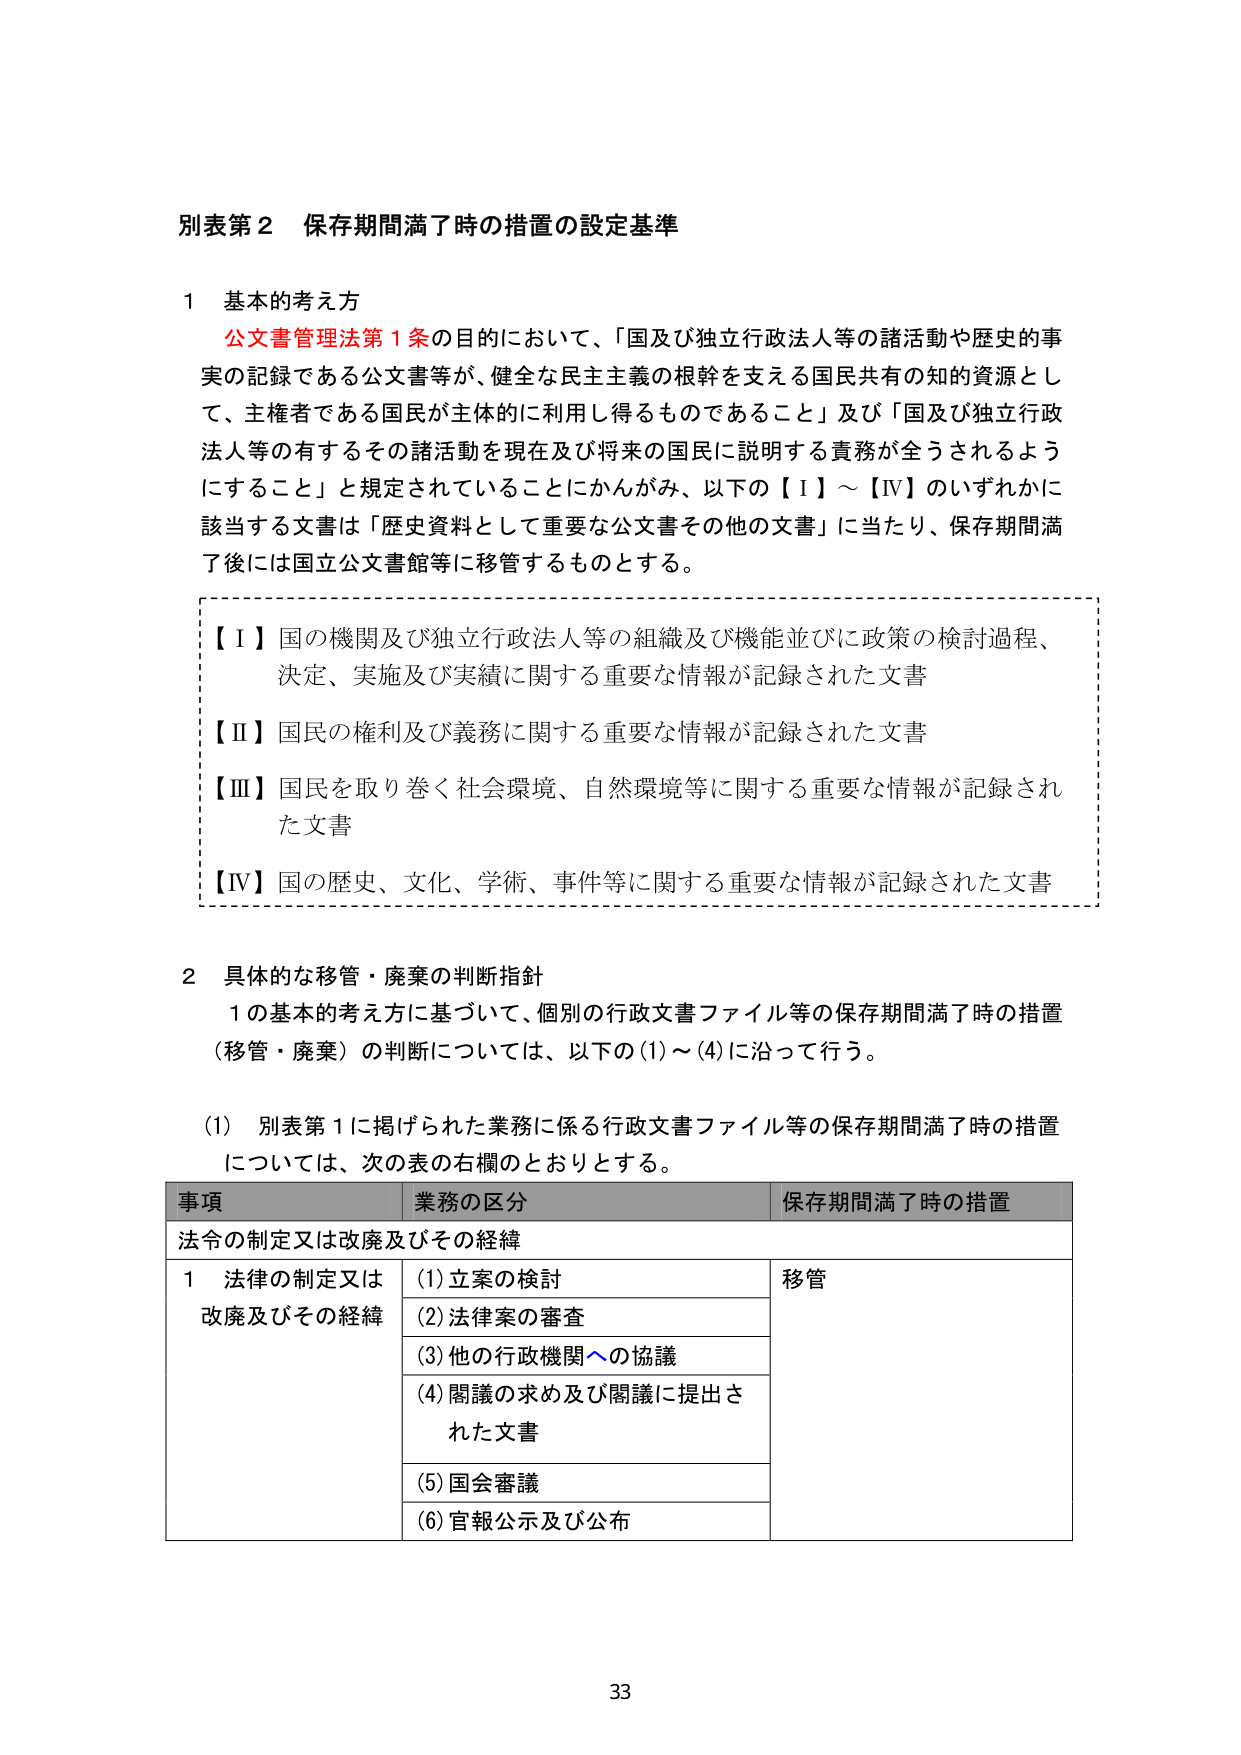
別表第２ 保存期間満了時の措置の設定基準

１ 基本的考え方
公文書管理法第１条の目的において、「国及び独立行政法人等の諸活動や歴史的事実の記録である公文書等が、健全な民主主義の根幹を支える国民共有の知的資源として、主権者である国民が主体的に利用し得るものであること」及び「国及び独立行政法人等の有するその諸活動を現在及び将来の国民に説明する責務が全うされるようにすること」と規定されていることにかんがみ、以下の【Ⅰ】～【Ⅳ】のいずれかに該当する文書は「歴史資料として重要な公文書その他の文書」に当たり、保存期間満了後には国立公文書館等に移管するものとする。

【Ⅰ】国の機関及び独立行政法人等の組織及び機能並びに政策の検討過程、決定、実施及び実績に関する重要な情報が記録された文書
【Ⅱ】国民の権利及び義務に関する重要な情報が記録された文書
【Ⅲ】国民を取り巻く社会環境、自然環境等に関する重要な情報が記録された文書
【Ⅳ】国の歴史、文化、学術、事件等に関する重要な情報が記録された文書

２ 具体的な移管・廃棄の判断指針
１の基本的考え方に基づいて、個別の行政文書ファイル等の保存期間満了時の措置（移管・廃棄）の判断については、以下の(1)～(4)に沿って行う。

(1) 別表第１に掲げられた業務に係る行政文書ファイル等の保存期間満了時の措置については、次の表の右欄のとおりとする。

事項 業務の区分 保存期間満了時の措置
法令の制定又は改廃及びその経緯
１ 法律の制定又は改廃及びその経緯 (1)立案の検討 移管
(2)法律案の審査
(3)他の行政機関への協議
(4)閣議の求め及び閣議に提出された文書
(5)国会審議
(6)官報公示及び公布

33